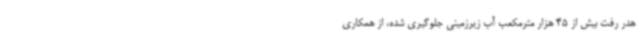
هدر رفت بیش از 45 هزار مترمکعب آب زیرزمینی جلوگیری شده، از همکاری